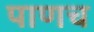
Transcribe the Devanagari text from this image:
पाणच